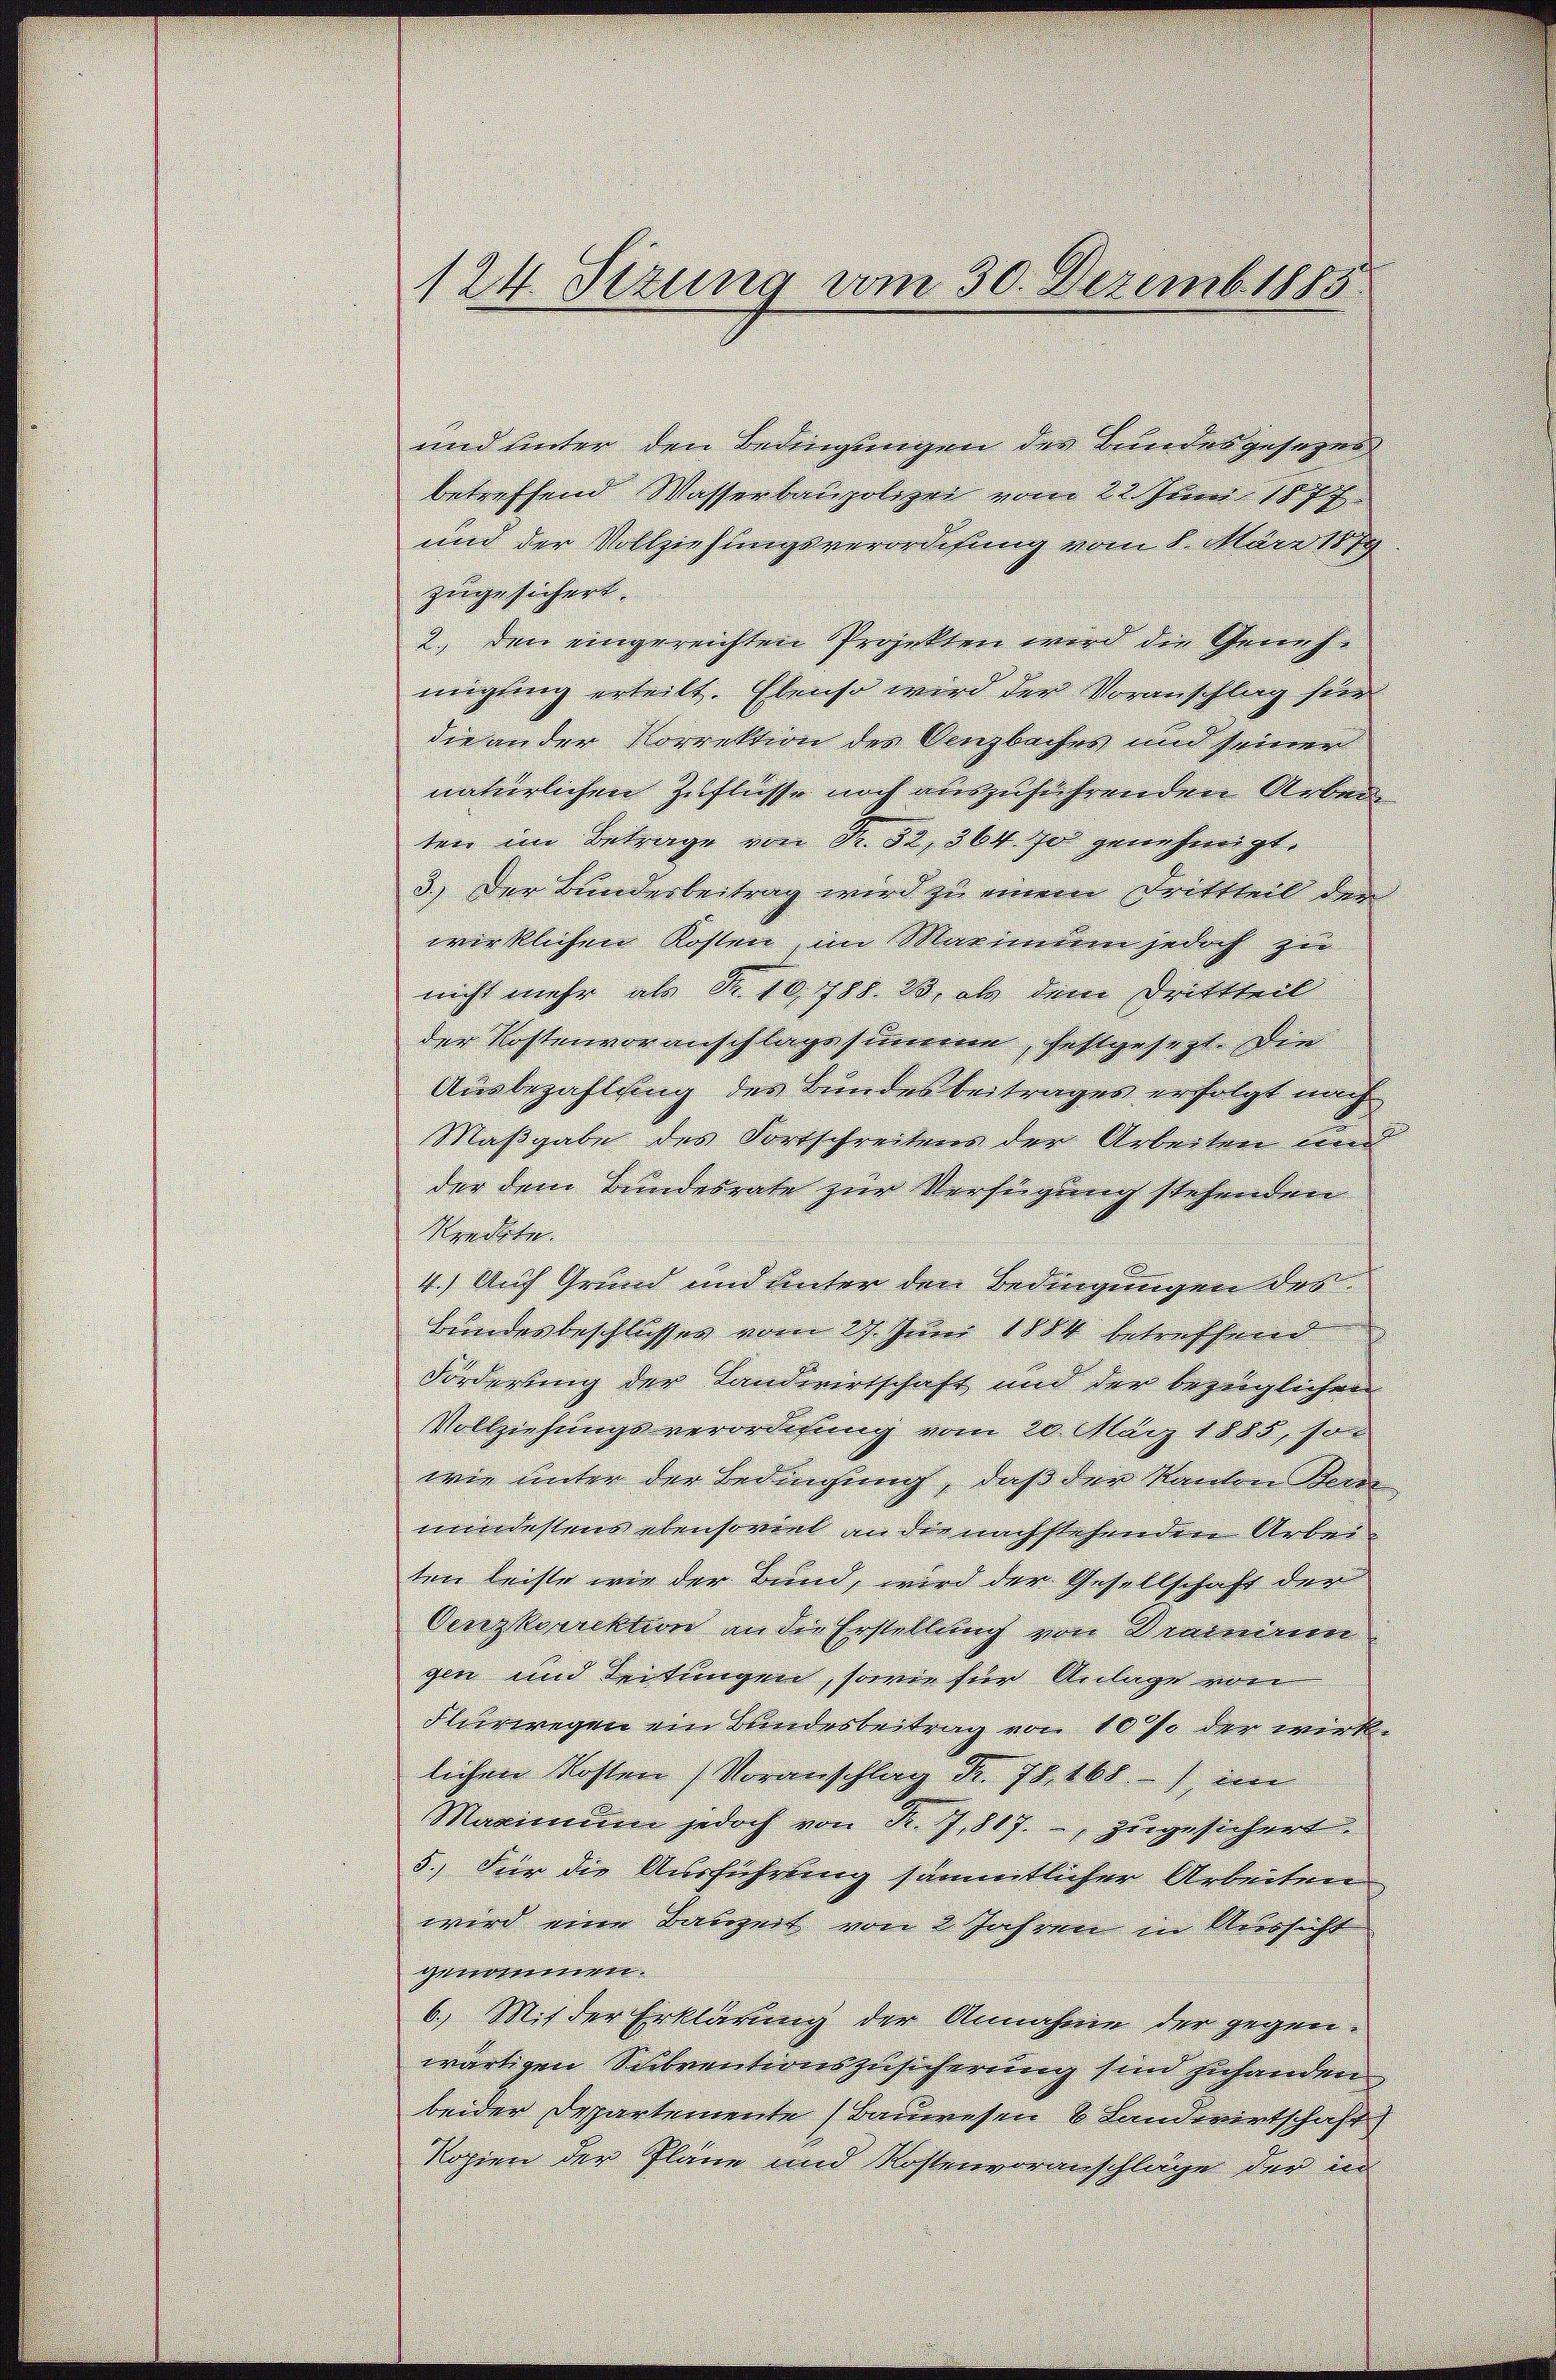
und unter den Bedingungen der Bundesgesezes
betreffend Wasserbaupolizei vom 22. Juni 1877
und der Vollziehungsverordnung vom 8. März 1889
zugesichert.
2., den eingereichten Projekten wird die Genehmigung erteilt. Ebenso wird der Voranschlag für
die an der Korrektion des Denzbaches und seiner
natürlichen Zuflüsse noch auszuführenden Arben
ten im Betrage von Fr. 32, 364. 70 genehmigt.
3.) Der Bunderbeitrag wird zu einem Drittteil der
wirklichen Kosten, im Marindem jedoch zu
nicht mehr als Nr. 10,788. 13, als dem Drittheit
der Kostenvoranschlage summe, festgesagt. Dien
Ausbezahlung des Bundesbeitrages erfolgt nach
Maßgabe des Fortschreitens der Arbeiten un
der dem Bundesrate zur Verfügung stehenden
Wendete.
4.) Auf Grund und unter den Bedingungen des
Bundesbeschlusses vom 29. Juni 1884 betreffend
Förderung der Landwirtschaft und der bezüglichen
Vollziehungsverordnung vom 20. März 1885, son
wie unter der Bedingung, daß der Kanton Ker
mindestens ebensoviel an die nachstehenden Arbei
ten leiste wie der Bund, wird der Gesellschaft der
Oerzkorrektion an die Erstellung von Sennium
gin und Leitungen, sowie für Anlage von
Flurwegen ein Bundesbeitrag von 100% der wirklichen Kosten Voranschlag Fr. 78. 168) im
Maximŭm jedoch von K. Z. 817. zugesichert.
5.) Für die Ausführung sämmtlicher Arbeiten
wird eine Bauzeit von 2 Jahren in Aussicht
genommen.
6.) Mit der Erklärung der Annahme der gegenwärtigen Subventionszusicherung sind zuhanden
beider Departemente Bauwesen 8 Landwirtschaft
Kopien der Pläne und Kostenvoranschläge der in

124. Sizung vom 30. Dezemb. 1885